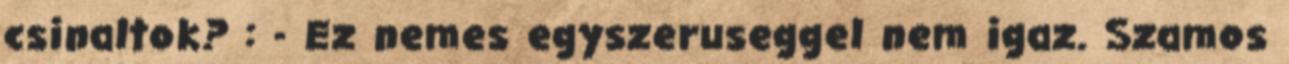
csinaltok? : - Ez nemes egyszeruseggel nem igaz. Szamos